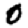
Digit: 0